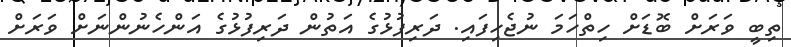
ތިބީ ވަރަށް ބޮޑަށް ހިތްހަމަ ނުޖެހިފައި. ދަރިފުޅުގެ އަތުން ދަރިފުޅުގެ އަންހެނުންނަށް ވަރަށް